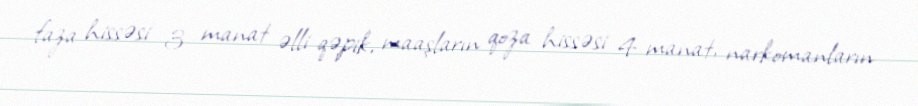
faza hissəsi 3 manat əlli qəpik, maaşların qoza hissəsi 4 manat, narkomanların